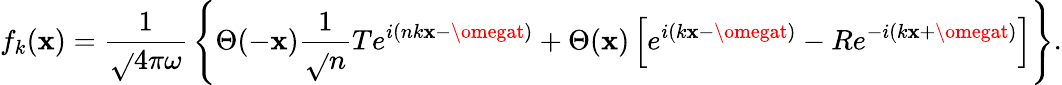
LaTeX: f_{k}(\mathbf{x})={\frac{{1}}{{\sqrt{}{{4\pi\omega}}}}}\left\{ \Theta(-\mathbf{x}){\frac{{1}}{{\sqrt{}{{n}}}}}Te^{i(nk\mathbf{x}-\omegat)}+\Theta(\mathbf{x})\left[e^{i(k\mathbf{x}-\omegat)}-Re^{-i(k\mathbf{x}+\omegat)}\right]\right\} .